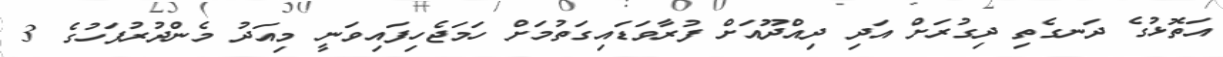
އަތޮޅުގެ ދަނގެތި ދިގުރަށް އަދި ދިއްދޫއަށް ފުރާވަޑައިގަތުމަށް ހަމަޖެހިފައިވަނީ މިއަދު މެންދުރުފަހުގެ 3